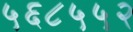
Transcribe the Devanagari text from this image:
५६८५५२